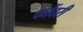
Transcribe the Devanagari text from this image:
कोंदरी